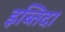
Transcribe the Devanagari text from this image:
इब्तिदा